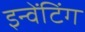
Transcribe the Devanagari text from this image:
इन्वेंटिंग